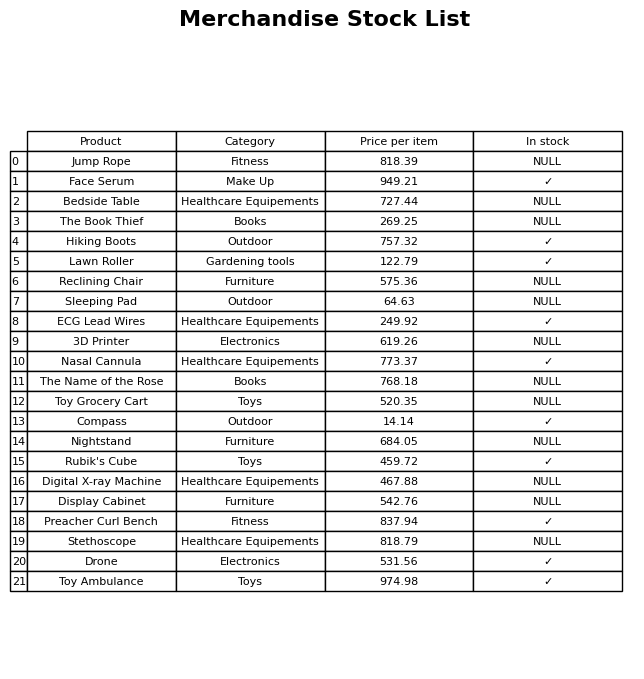
question: Is the Stethoscope in stock?
answer: NULL